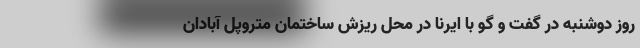
روز دوشنبه در گفت و گو با ایرنا در محل ریزش ساختمان متروپل آبادان